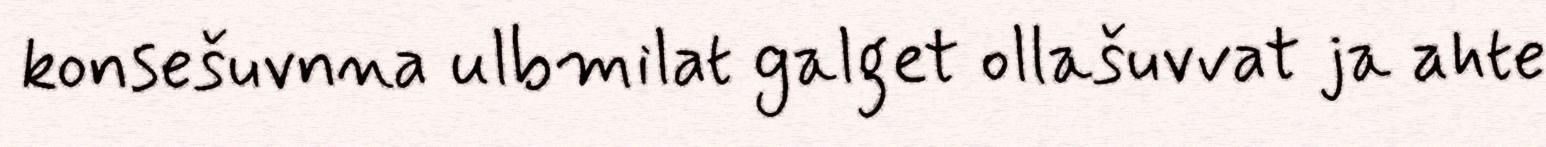
konsešuvnna ulbmilat galget ollašuvvat ja ahte